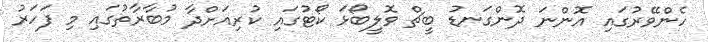
ހެންވޭރުގައި އޮންނަ ދޮންގަނޑު ބީޗް ވޮލީބޯޅަ ކޯޓުގައި ކުރިއަށްދާ މުބާރާތުގައި މި ފަހަރު